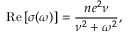
\operatorname { R e } \left[ \sigma ( \omega ) \right] = \frac { n e ^ { 2 } \nu } { \nu ^ { 2 } + \omega ^ { 2 } } ,